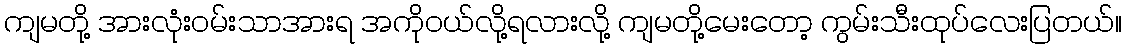
ကျမတို့ အားလုံးဝမ်းသာအားရ အကိုဝယ်လို့ရလားလို့ ကျမတို့မေးတော့ ကွမ်းသီးထုပ်လေးပြတယ်။